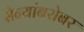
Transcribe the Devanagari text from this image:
सैन्यांबरोबर